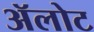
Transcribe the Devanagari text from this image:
ॲलोट